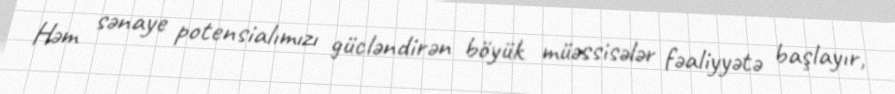
Həm sənaye potensialımızı gücləndirən böyük müəssisələr fəaliyyətə başlayır,